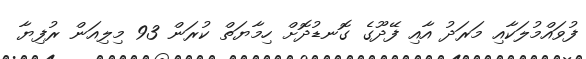
ފުވައްމުލަކާއި މަރަދު އާއި ފޭދޫގެ ގޮނޑުދޮށް ހިމާޔަތް ކުރަން 93 މިލިއަން ރުފިޔާ